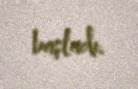
başladı.